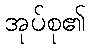
အုပ်စု၏